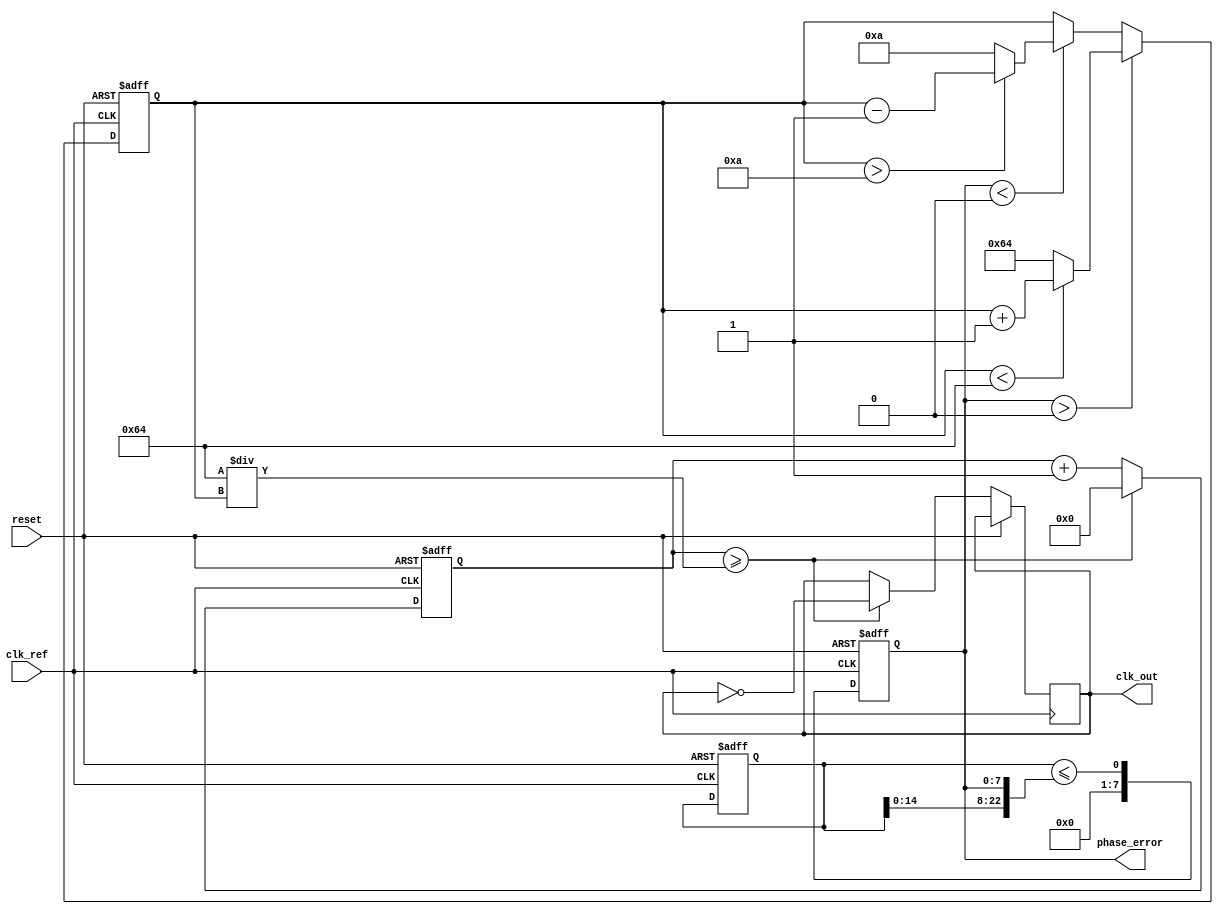
module pll (
    input wire clk_ref,          // Reference clock input
    input wire reset,           // Asynchronous reset
    output wire clk_out,        // Output clock
    output wire [7:0] phase_error // Phase error signal (for debugging)
);

    // Parameters
    parameter PHASE_MEMORY_SIZE = 16; // Size of the phase memory
    parameter VCO_MAX_FREQ = 100;      // Maximum frequency for VCO
    parameter VCO_MIN_FREQ = 10;       // Minimum frequency for VCO

    // Internal signals
    reg [PHASE_MEMORY_SIZE-1:0] phase_memory; // Memory blocks for phase information
    reg [7:0] vco_freq;                     // Current frequency of the VCO
    reg [7:0] phase_diff;                   // Phase difference from phase detector
    wire [7:0] error_signal;                // Error signal to loop filter
    wire vco_clk;                           // VCO output clock

    // Phase Detector
    always @(posedge clk_ref or posedge reset) begin
        if (reset) begin
            phase_memory <= 0;
            phase_diff <= 0;
        end else begin
            // Simple phase comparison logic (for illustration)
            phase_diff <= // Logic to compute phase difference between clk_ref and vco_clk
            phase_memory <= {phase_memory[PHASE_MEMORY_SIZE-2:0], phase_diff}; // Store phase info
        end
    end

    // Loop Filter (Simple first-order filter)
    assign error_signal = phase_diff; // For simplicity, using phase difference directly

    // Voltage-Controlled Oscillator (VCO)
    always @(posedge clk_ref or posedge reset) begin
        if (reset) begin
            vco_freq <= VCO_MIN_FREQ; // Reset VCO frequency
        end else begin
            // Adjust VCO frequency based on the error signal
            if (error_signal > 0) begin
                vco_freq <= (vco_freq < VCO_MAX_FREQ) ? vco_freq + 1 : VCO_MAX_FREQ;
            end else if (error_signal < 0) begin
                vco_freq <= (vco_freq > VCO_MIN_FREQ) ? vco_freq - 1 : VCO_MIN_FREQ;
            end
        end
    end

    // VCO output clock generation
    reg [31:0] vco_counter = 0; // Counter for VCO clock generation
    always @(posedge clk_ref or posedge reset) begin
        if (reset) begin
            vco_counter <= 0;
        end else begin
            if (vco_counter >= (100 / vco_freq)) begin // Adjust based on frequency
                clk_out <= ~clk_out; // Toggle clock output
                vco_counter <= 0;
            end else begin
                vco_counter <= vco_counter + 1;
            end
        end
    end

    // Debugging output of phase error
    assign phase_error = phase_diff;

endmodule